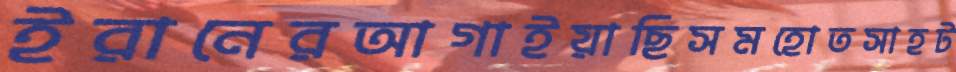
ইরানেরআগাইয়াছিসমহোতসাহট